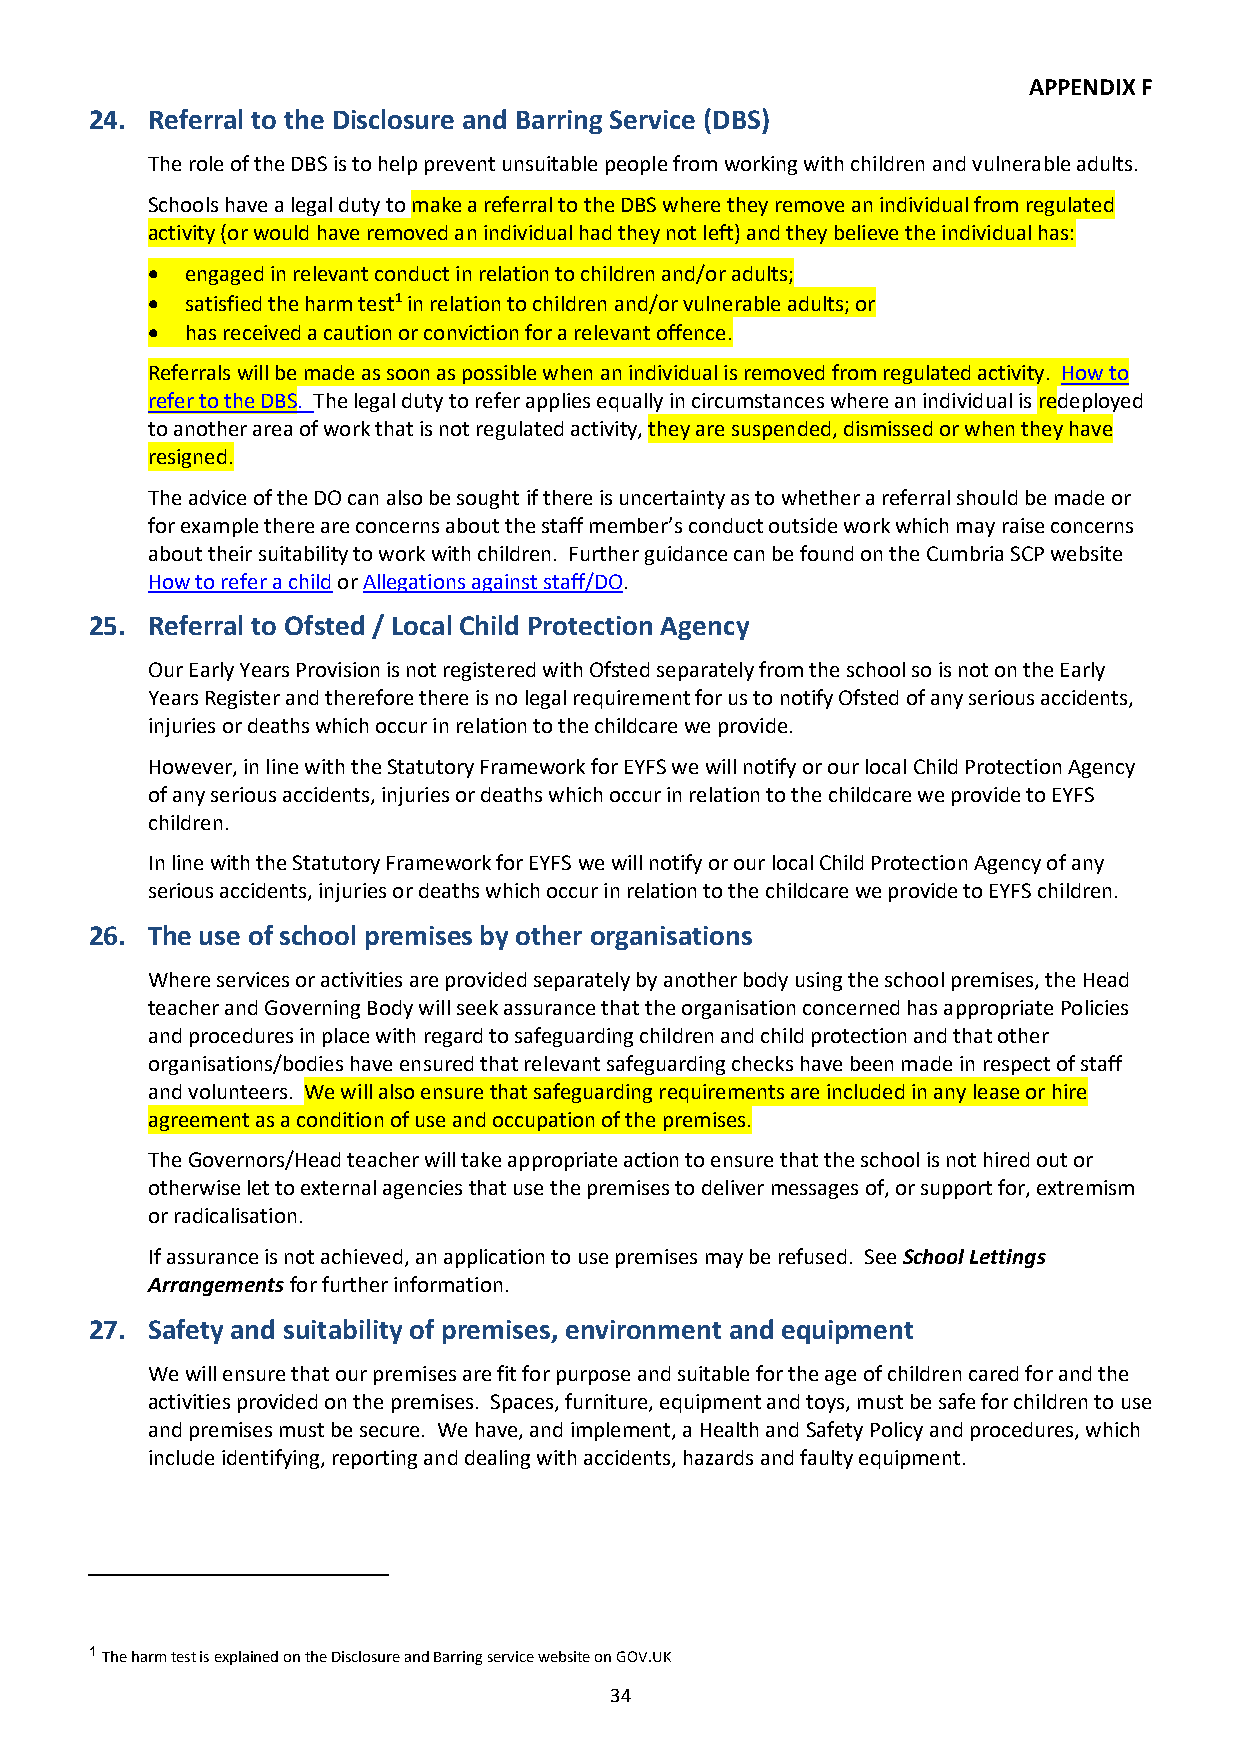
APPENDIX F
 24. Referral to the Disclosure and Barring Service (DBS)
 The role of the DBS is to help prevent unsuitable people from working with children and vulnerable adults.
 Schools have a legal duty to make a referral to the DBS where they remove an individual from regulated
 activity (or would have removed an individual had they not left) and they believe the individual has:
 • engaged in relevant conduct in relation to children and/or adults;
 • satisfied the harm test1 in relation to children and/or vulnerable adults; or
 • has received a caution or conviction for a relevant offence.
 Referrals will be made as soon as possible when an individual is removed from regulated activity. How to
 refer to the DBS. The legal duty to refer applies equally in circumstances where an individual is redeployed
 to another area of work that is not regulated activity, they are suspended, dismissed or when they have
 resigned.
 The advice of the DO can also be sought if there is uncertainty as to whether a referral should be made or
 for example there are concerns about the staff member’s conduct outside work which may raise concerns
 about their suitability to work with children. Further guidance can be found on the Cumbria SCP website
 How to refer a child or Allegations against staff/DO.
 25. Referral to Ofsted / Local Child Protection Agency
 Our Early Years Provision is not registered with Ofsted separately from the school so is not on the Early
 Years Register and therefore there is no legal requirement for us to notify Ofsted of any serious accidents,
 injuries or deaths which occur in relation to the childcare we provide.
 However, in line with the Statutory Framework for EYFS we will notify or our local Child Protection Agency
 of any serious accidents, injuries or deaths which occur in relation to the childcare we provide to EYFS
 children.
 In line with the Statutory Framework for EYFS we will notify or our local Child Protection Agency of any
 serious accidents, injuries or deaths which occur in relation to the childcare we provide to EYFS children.
 26. The use of school premises by other organisations
 Where services or activities are provided separately by another body using the school premises, the Head
 teacher and Governing Body will seek assurance that the organisation concerned has appropriate Policies
 and procedures in place with regard to safeguarding children and child protection and that other
 organisations/bodies have ensured that relevant safeguarding checks have been made in respect of staff
 and volunteers. We will also ensure that safeguarding requirements are included in any lease or hire
 agreement as a condition of use and occupation of the premises.
 The Governors/Head teacher will take appropriate action to ensure that the school is not hired out or
 otherwise let to external agencies that use the premises to deliver messages of, or support for, extremism
 or radicalisation.
 If assurance is not achieved, an application to use premises may be refused. See School Lettings
 Arrangements for further information.
 27. Safety and suitability of premises, environment and equipment
 We will ensure that our premises are fit for purpose and suitable for the age of children cared for and the
 activities provided on the premises. Spaces, furniture, equipment and toys, must be safe for children to use
 and premises must be secure. We have, and implement, a Health and Safety Policy and procedures, which
 include identifying, reporting and dealing with accidents, hazards and faulty equipment.
 1 The harm test is explained on the Disclosure and Barring service website on GOV.UK
 34